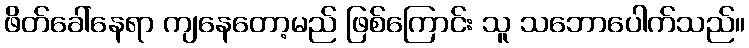
ဖိတ်ခေါ်နေရာ ကျနေတော့မည် ဖြစ်ကြောင်း သူ သဘောပေါက်သည်။